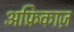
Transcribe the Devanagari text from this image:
अफ्रिकाज़